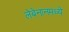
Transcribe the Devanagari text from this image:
लेबेनानमध्ये